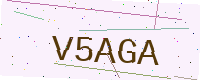
Text: V5AGA